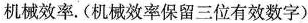
机械效率。(机械效率保留三位有效数字)